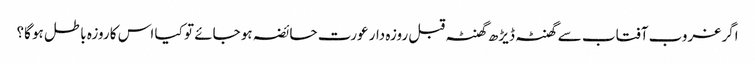
اگر غروب آفتاب سے گھنٹہ ڈیڑھ گھنٹہ قبل روزہ دار عورت حائضہ ہو جائے تو کیا اس کا روزہ باطل ہو گا؟